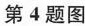
第4题图